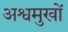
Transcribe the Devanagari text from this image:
अश्वमुखों